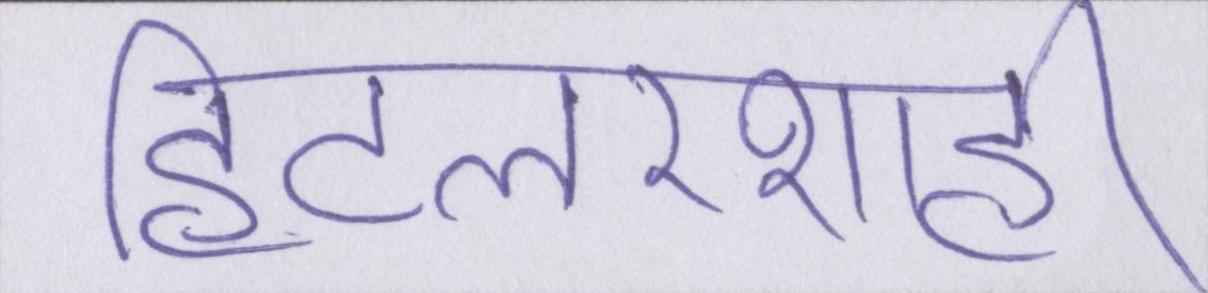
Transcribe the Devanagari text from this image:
हिटलरशाही